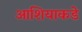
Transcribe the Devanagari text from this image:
आशियाकडे